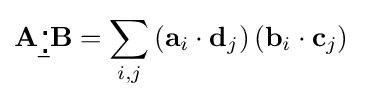
{\begin{aligned}\mathbf {A} {\underline {{}_{\,\centerdot }^{\,\centerdot }}}\mathbf {B} &=\sum _{i,j}\left(\mathbf {a} _{i}\cdot \mathbf {d} _{j}\right)\left(\mathbf {b} _{i}\cdot \mathbf {c} _{j}\right)\end{aligned}}